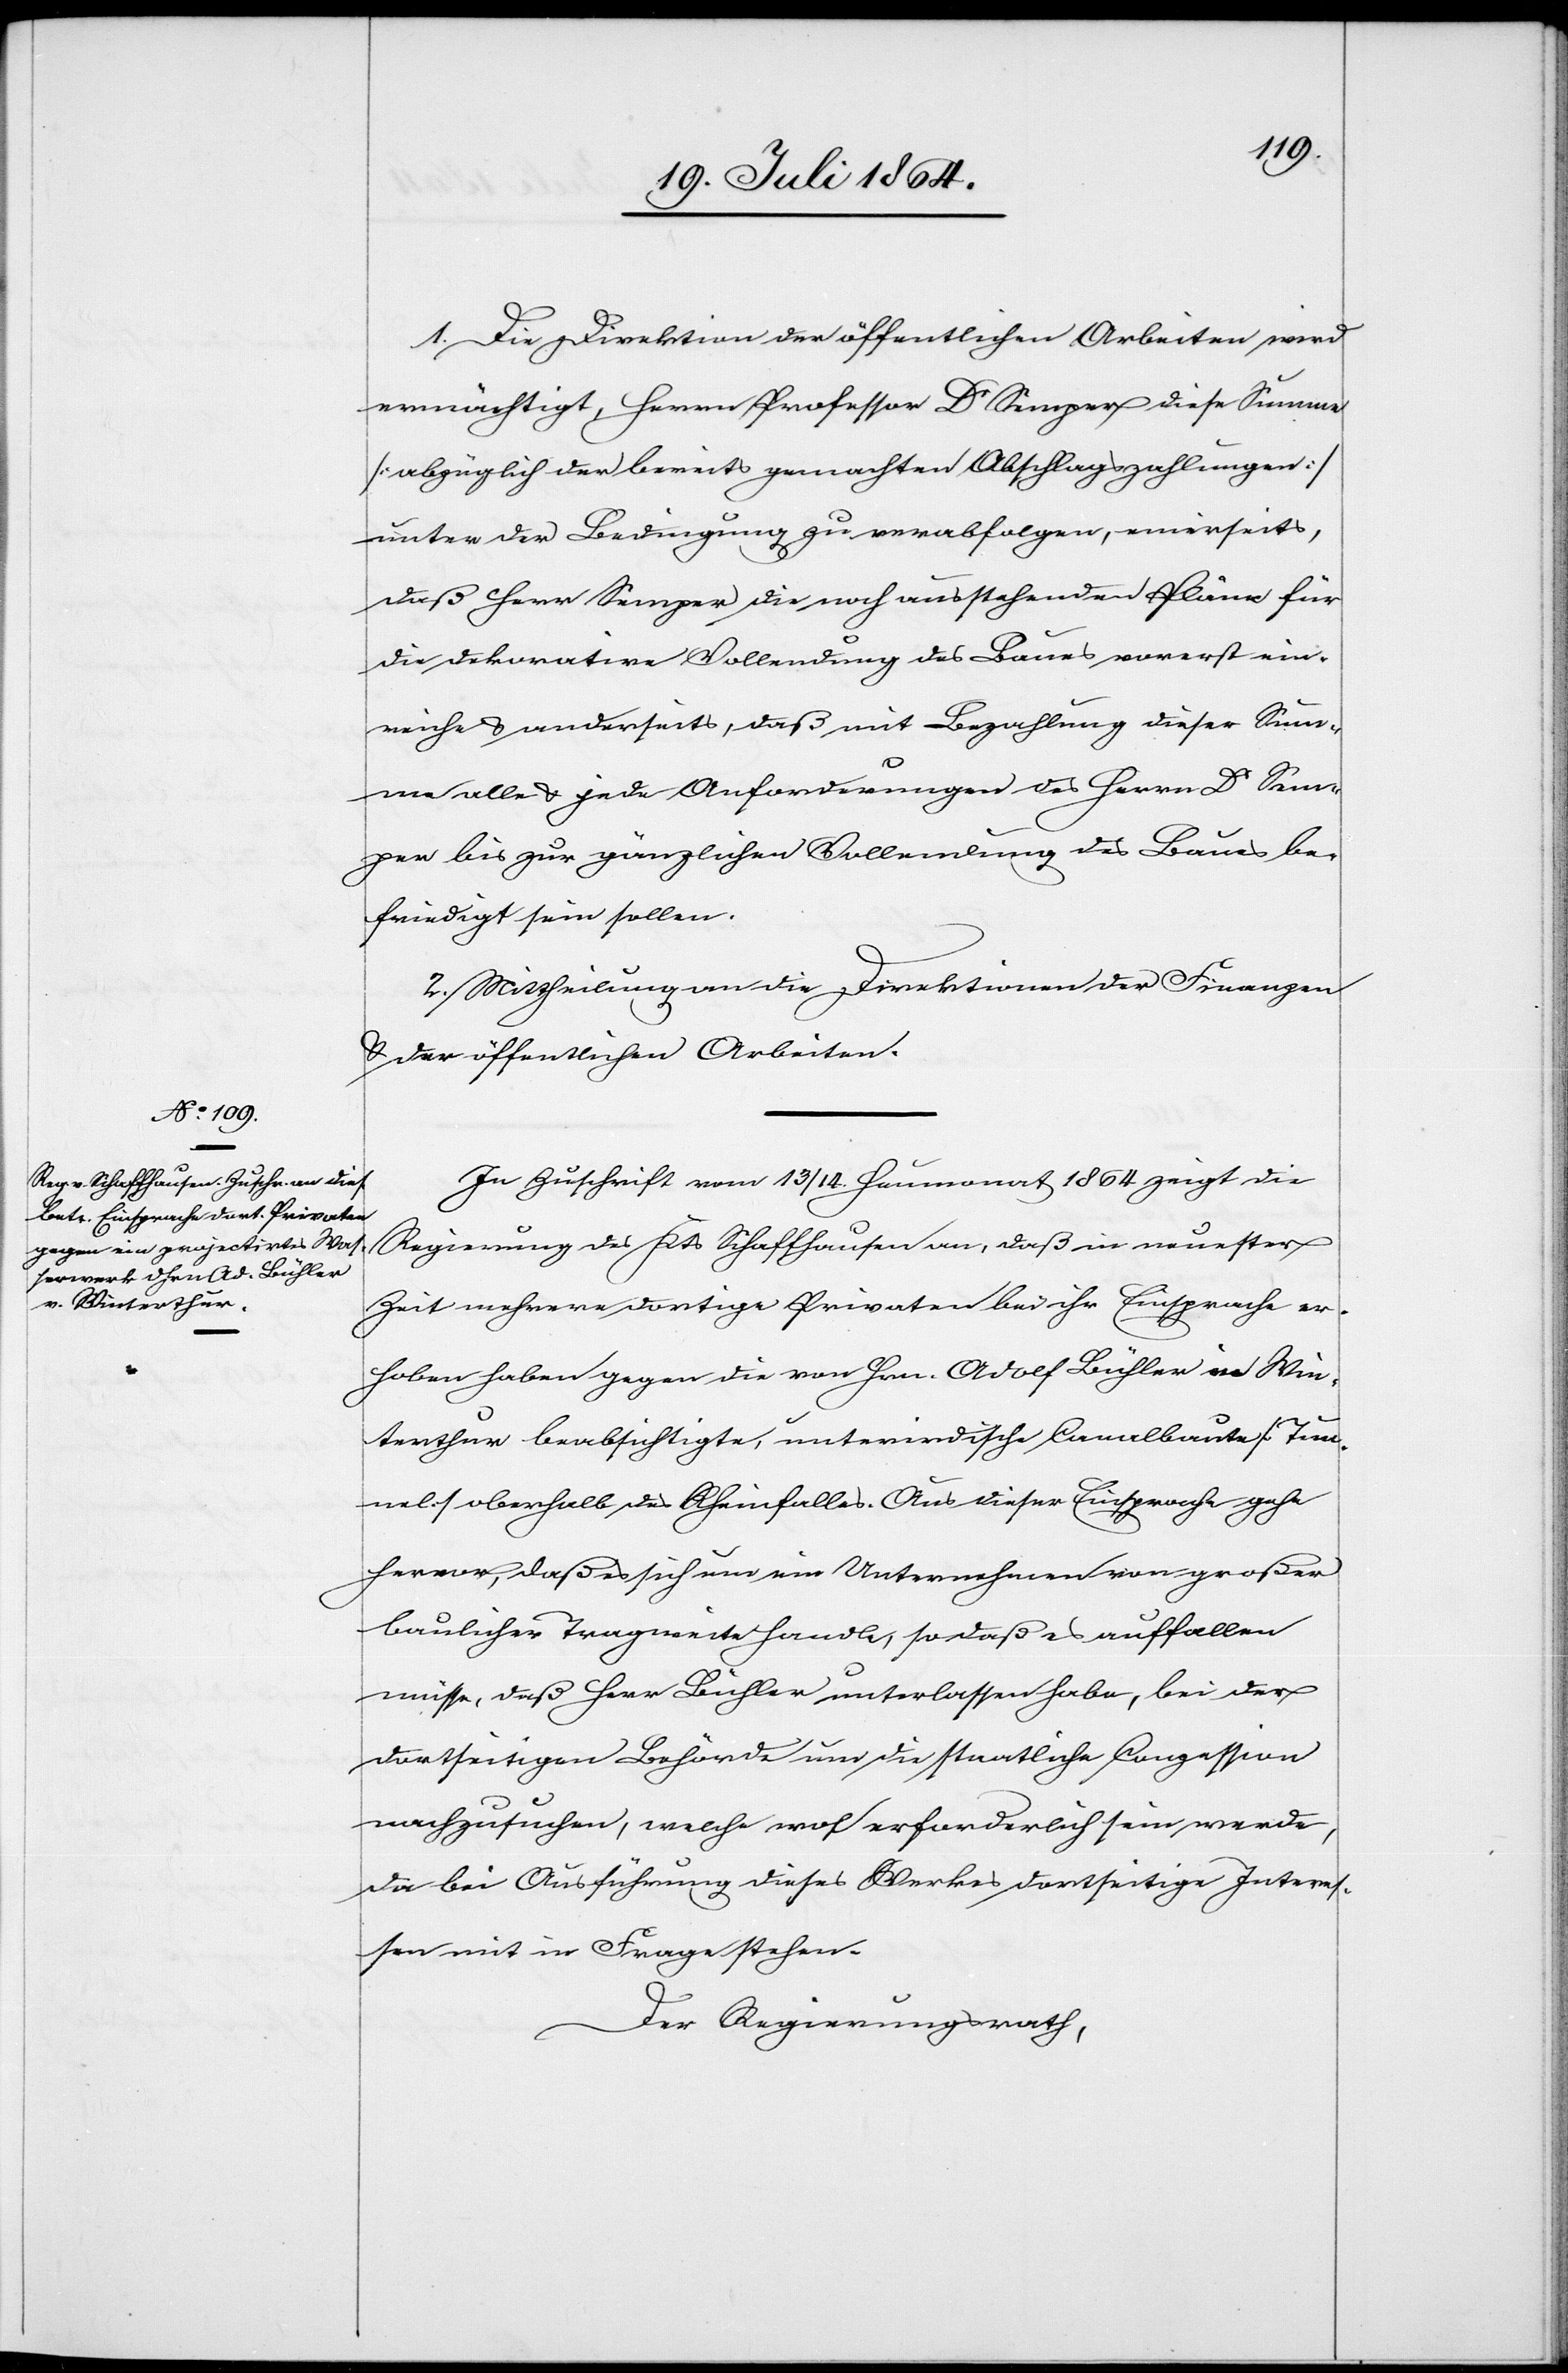
1. Die Direktion der öffentlichen Arbeiten wird
ermächtigt, Herrn Professor Dr Semper diese Summe
[abzüglich der bereits gemachten Abschlagszahlungen]
unter der Bedingung zu verabfolgen, einerseits,
daß Herr Semper die noch ausstehenden Pläne für
die dekorative Vollendung des Baues vorerst ein¬
reiche u. anderseits, daß mit Bezahlung dieser Sum¬
me alle u. jede Anforderungen des Herrn Dr Sem¬
per bis zur gänzlichen Vollendung des Baues be¬
friedigt sein sollen.
2. Mittheilung an die Direktionen der Finanzen
u. der öffentlichen Arbeiten.
In Zuschrift vom 13/14. Heumonat 1864 zeigt die
Regierung des Kts Schaffhausen an, daß in neuester
Zeit mehrere dortige Privaten bei ihr Einsprache er¬
hoben haben gegen die von Hrn. Adolf Bühler in Win¬
terthur beabsichtigte, unterirdische Canalbaute [Tun¬
nel] oberhalb des Rheinfalles. Aus dieser Einsprache gehe
hervor, daß es sich um ein Unternehmen von großer
baulicher Tragweite handle, so daß es auffallen
müsse, daß Herr Bühler unterlassen habe, bei der
dortseitigen Behörde um die staatliche Conzession
nachzusuchen, welche wol erforderlich sein werde,
da bei Ausführung dieses Werkes dortseitige Interes¬
sen mit in Frage stehen.
Der Regierungsrath,